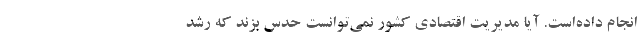
انجام داده‌است. آیا مدیریت اقتصادی کشور نمی‌توانست حدس بزند که رشد